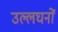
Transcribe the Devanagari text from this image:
उल्लघनों